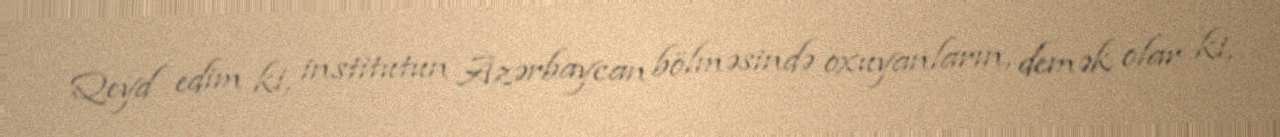
Qeyd edim ki, institutun Azərbaycan bölməsində oxuyanların, demək olar ki,